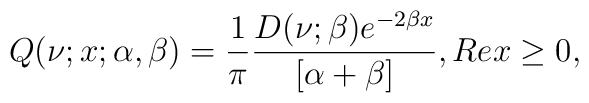
Q(\nu;x;\alpha,\beta)=\frac{1}{\pi}\frac{D(\nu;\beta)e^{-2\beta x}}{[\alpha+\beta]}, Re x\geq 0,